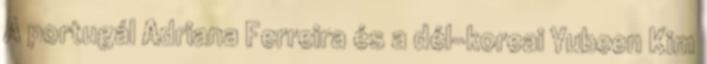
A portugál Adriana Ferreira és a dél-koreai Yubeen Kim